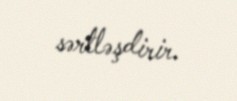
sərtləşdirir.